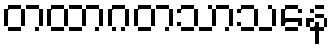
တထာဂတသာသနေ